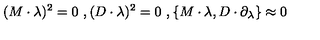
( M \cdot \lambda ) ^ { 2 } = 0 \ , ( D \cdot \lambda ) ^ { 2 } = 0 \ , \{ M \cdot \lambda , D \cdot \partial _ { \lambda } \} \approx 0